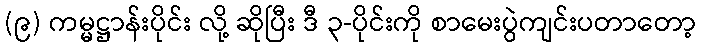
(၉) ကမ္မဋ္ဌာန်းပိုင်း လို့ ဆိုပြီး ဒီ ၃-ပိုင်းကို စာမေးပွဲကျင်းပတာတော့